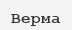
Верма